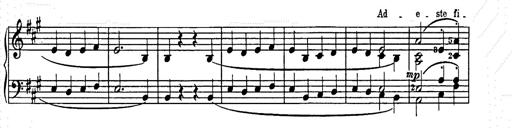
Title: Weihnachtsbaum
Composer: Franz Liszt